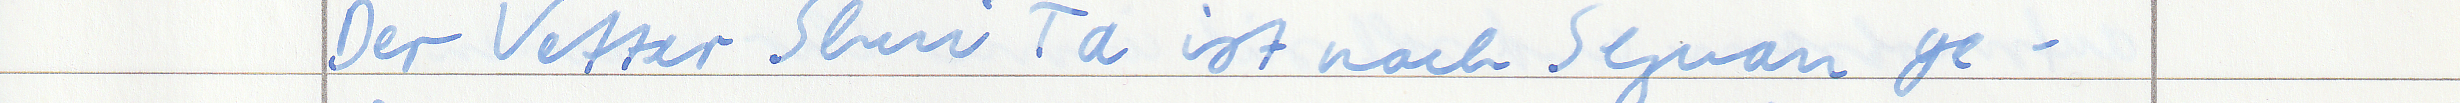
Der Vetter Shui Ta ist nach Sezuan ge -